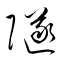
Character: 隧